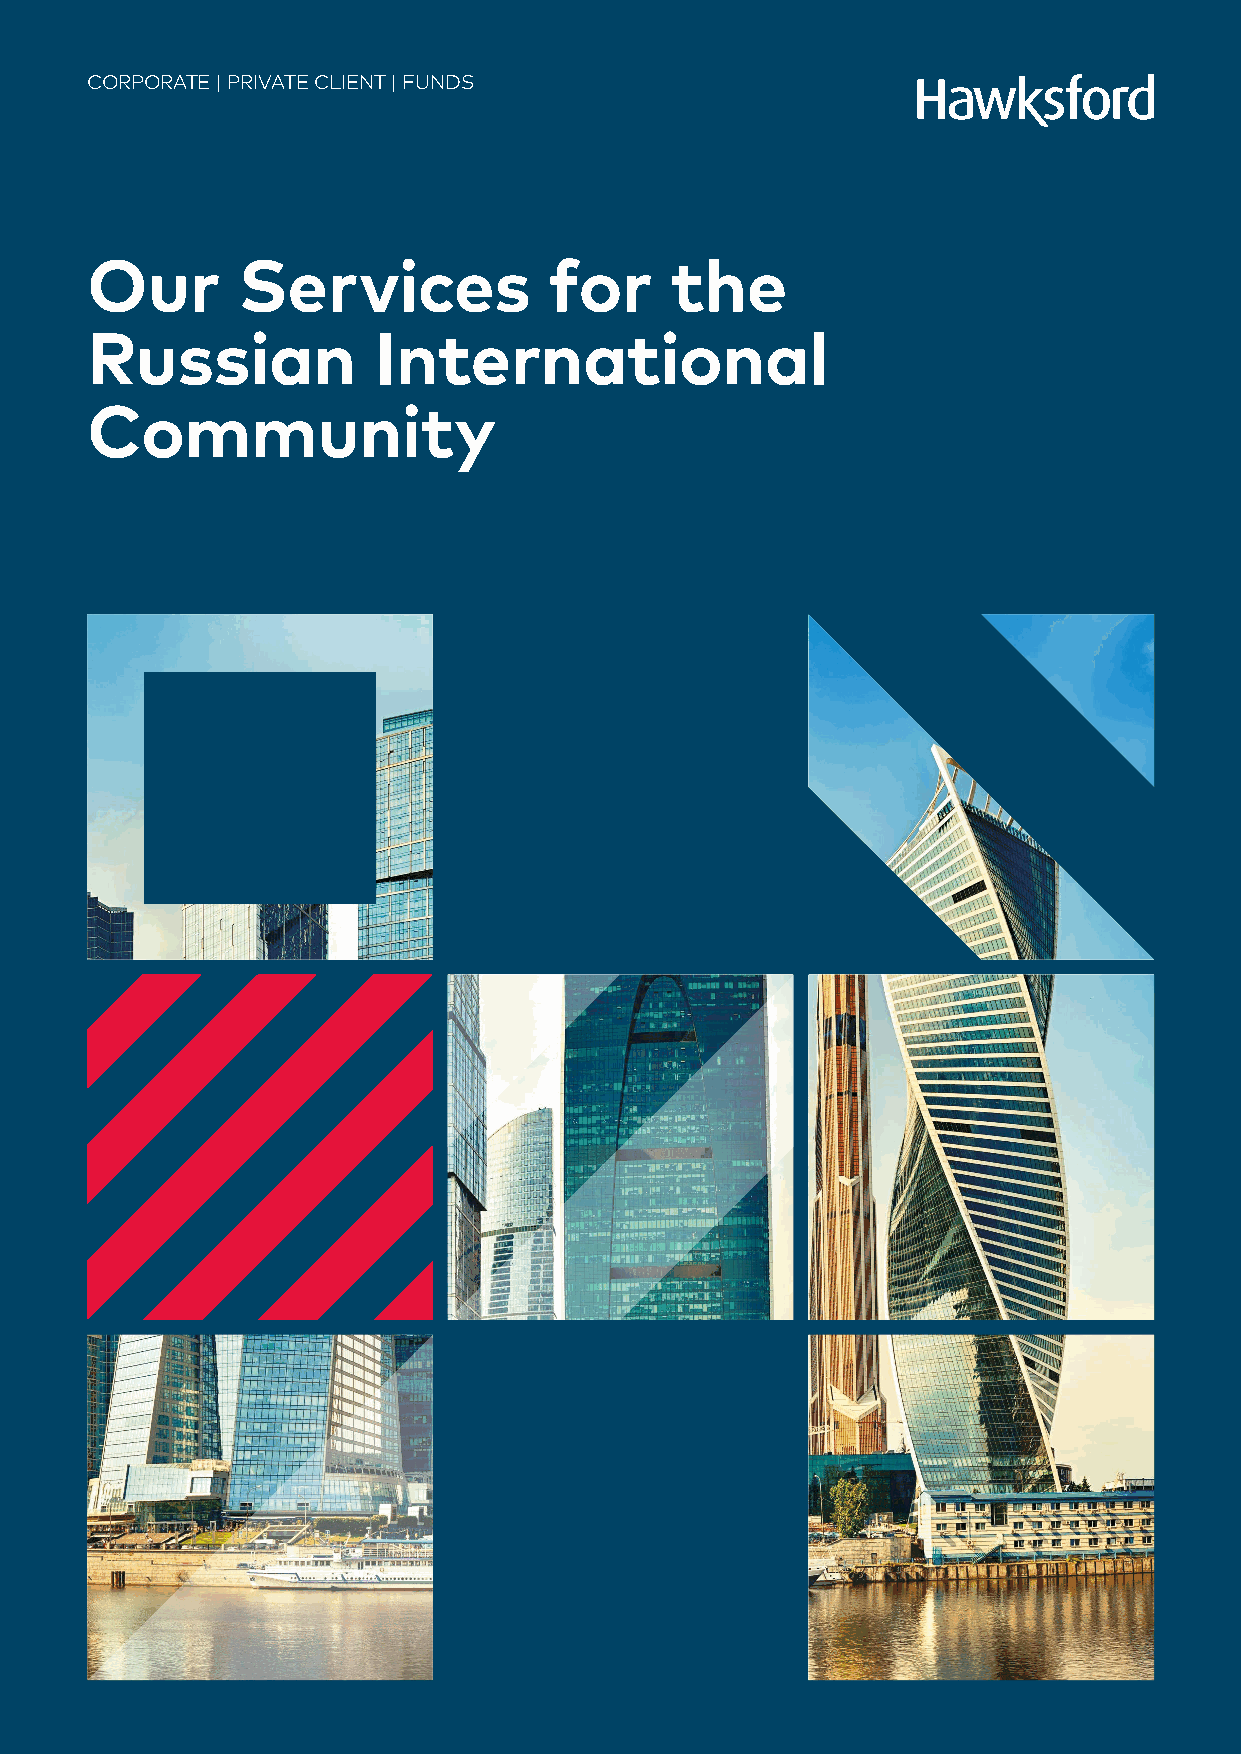
CORPORATE | PRIVATE CLIENT | FUNDS
 Our       Services            for     the
 Russian            International
 Community